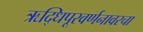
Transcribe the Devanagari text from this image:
ऋद्धिपूरवर्णनावरचा